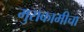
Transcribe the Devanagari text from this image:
मुराकामीचा